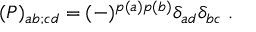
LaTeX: ( { \cal P } ) _ { a b ; c d } = ( - ) ^ { p ( a ) p ( b ) } \delta _ { a d } \delta _ { b c } \; .